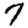
Digit: 7